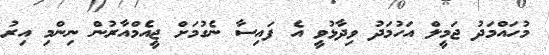
މުހައްމަދު ޖަމީލް އަހުމަދު ވިދާޅުވީ އެ ފައިސާ ނެގުމަށް ޖީއެމްއާރުން ނިންމި އިރު